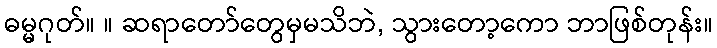
ဓမ္မဂုတ်။ ။ ဆရာတော်တွေမှမသိဘဲ, သွားတော့ကော ဘာဖြစ်တုန်း။